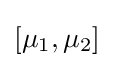
[\mu _{1},\mu _{2}]